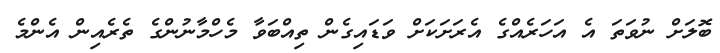
ބޮލަށް ނުވަތަ އެ އަހަރެއްގެ އެރަށަކަށް ވަޑައިގެން ތިއްބަވާ މެހްމާނުންގެ ތެރެއިން އެންމެ